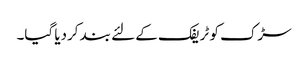
سڑک کو ٹریفک کے لئے بند کردیا گیا۔